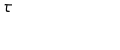
\tau